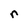
Character: r